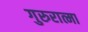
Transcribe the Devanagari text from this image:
गुरुरात्मा